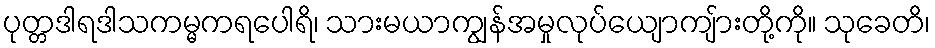
ပုတ္တဒါရဒါသကမ္မကရပေါရိ၊ သားမယာကျွန်အမှုလုပ်ယျောကျ်ားတို့ကို။ သုခေတိ၊